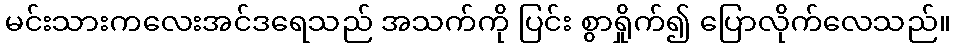
မင်းသားကလေးအင်ဒရေသည် အသက်ကို ပြင်း စွာရှိုက်၍ ပြောလိုက်လေသည်။